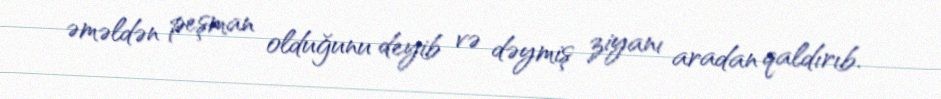
əməldən peşman olduğunu deyib və dəymiş ziyanı aradan qaldırıb.